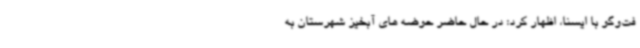
فت‌وگو با ایسنا، اظهار کرد: در حال حاضر حوضه های آبخیز شهرستان به